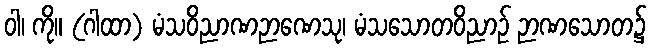
ဝါ၊ ကို။ (ဂါထာ) မံသဝိညာဏဉာဏေသု၊ မံသသောတဝိညာဉ် ဉာဏသောတ၌